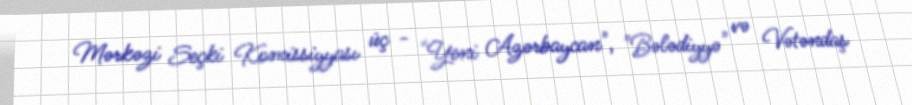
Mərkəzi Seçki Komissiyyası üç - "Yeni Azərbaycan", "Bələdiyyə" və Vətəndaş